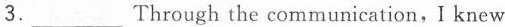
3.___Through the communication, I knew